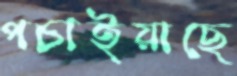
পচাইয়াছে